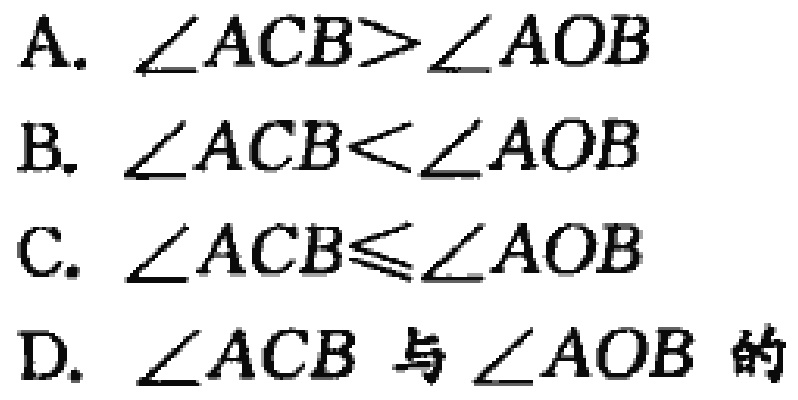
A. $\angle ACB>\angle AOB$

B. $\angle ACB<\angle AOB$

C. $\angle ACB\leqslant\angle AOB$

D. $\angle ACB$ 与 $\angle AOB$ 的